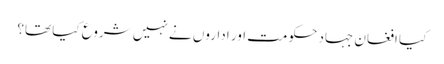
کیا افغان جہاد حکومت اور اداروں نے نہیں شروع کیا تھا؟